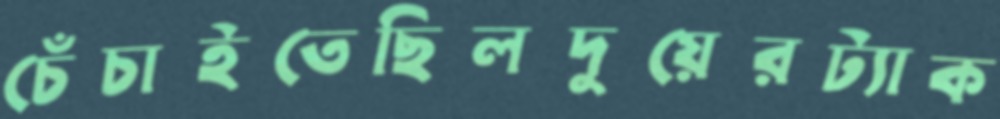
চেঁচাইতেছিলদুয়েরট্যাক